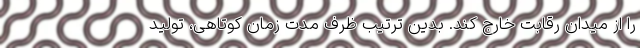
را از میدان رقابت خارج کند. بدین ترتیب ظرف مدت زمان کوتاهی، تولید